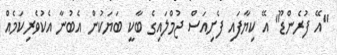
"އޭ ފުރެންޑޫ" އޭ ކިޔާފައި ފެށިއަސް ޖުމްލައިގެ ބާކީ ބަޔަކުން އެބުނާ އެކުވެރިކަމެއް